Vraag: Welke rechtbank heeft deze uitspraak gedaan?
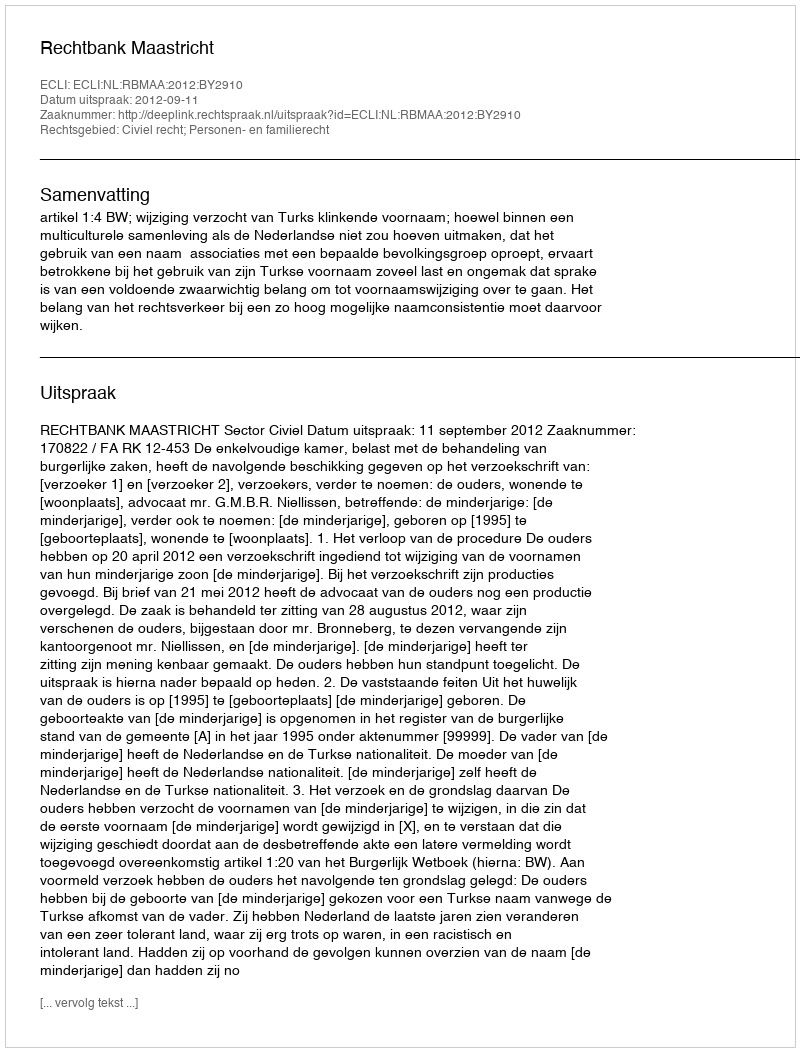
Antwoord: Rechtbank Maastricht